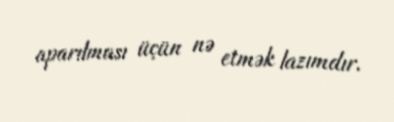
aparılması üçün nə etmək lazımdır.